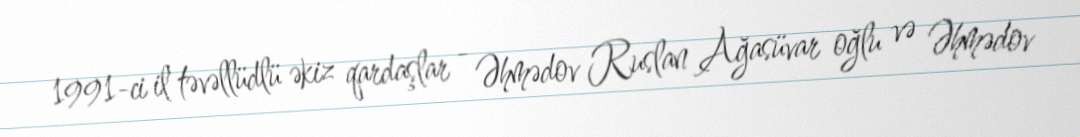
1991-ci il təvəllüdlü əkiz qardaşlar - Əhmədov Ruslan Ağasüvar oğlu və Əhmədov